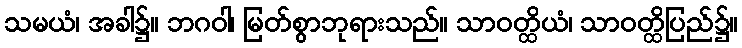
သမယံ၊ အခါ၌။ ဘဂဝါ၊ မြတ်စွာဘုရားသည်။ သာဝတ္ထိယံ၊ သာဝတ္ထိပြည်၌။